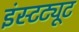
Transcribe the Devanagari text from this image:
इंस्‍टट्यूट